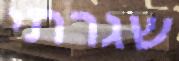
שגרתי